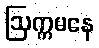
ဩက္ကမနေ